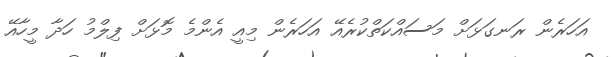
އަހަރެން ރަނގަޅަށް މަސައްކަތްކުރެއޭ އަހަރެން މިއީ އެންމެ މޮޅަށް ފިލްމު ހަދާ މީހާއޭ